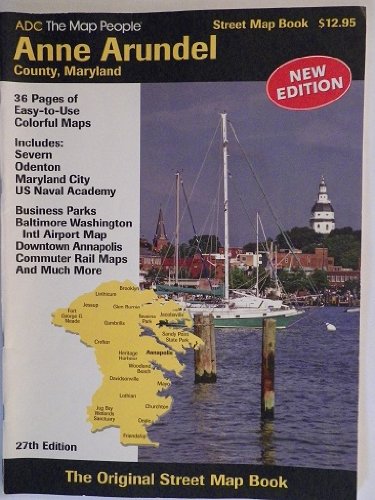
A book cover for Anne Arundel County, Maryland Street Map Book (Street Map Books); Travel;